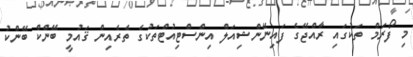
މި ފޯރަމް ތަކުގައި ރާއްޖޭގެ ފައިނޭންޝިއަލް އިންސްޓިއުޓްތަކުގެ ތެރެއިން ޤައުމީ ބޭންކް ބޭންކު